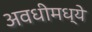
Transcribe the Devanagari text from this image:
अवधीमध्ये